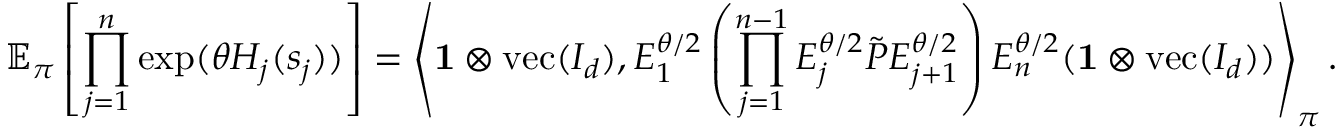
\mathbb { E } _ { \boldsymbol \pi } \left[ \prod _ { j = 1 } ^ { n } \exp ( \theta H _ { j } ( s _ { j } ) ) \right] = \left\langle \mathbf { 1 } \otimes \operatorname { v e c } ( I _ { d } ) , E _ { 1 } ^ { \theta / 2 } \left( \prod _ { j = 1 } ^ { n - 1 } E _ { j } ^ { \theta / 2 } \tilde { P } E _ { j + 1 } ^ { \theta / 2 } \right) E _ { n } ^ { \theta / 2 } ( \mathbf { 1 } \otimes \operatorname { v e c } ( I _ { d } ) ) \right\rangle _ { \boldsymbol \pi } .